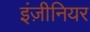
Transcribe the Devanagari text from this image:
इंज़ीनियर